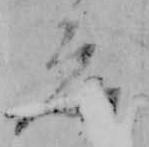
ゑ